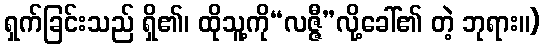
ရှက်ခြင်းသည် ရှိ၏၊ ထိုသူ့ကို“လဇ္ဇီ”လို့ခေါ်၏ တဲ့ ဘုရား။)